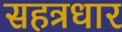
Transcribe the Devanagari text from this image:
सहत्रधार